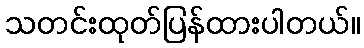
သတင်းထုတ်ပြန်ထားပါတယ်။